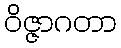
ဝိဇ္ဇာဂတာ